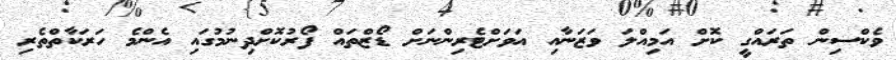
ވެކްސިން ތަރައްގީ ކޮށް އަމިއްލަ ވަޒަނާއި އަވަށްޓެރިންނަށް ޑޯޒްތައް ފޯރުކޮށްދިނުމުގައި އެންމެ ހަރަކާތްތެރި